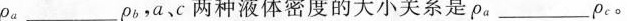
p_{a}___p_{b},a,c 两种液体密度的大小关系是ρ_{a}___ρ_{c}。